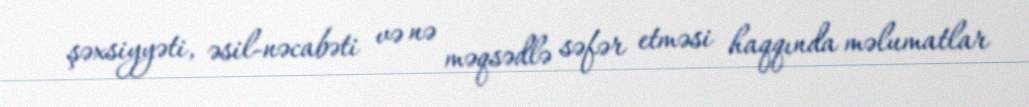
şəxsiyyəti, əsil-nəcabəti və nə məqsədlə səfər etməsi haqqında məlumatlar